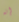
إنه